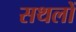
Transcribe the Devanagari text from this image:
सथलों